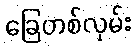
ခြေတစ်လှမ်း